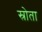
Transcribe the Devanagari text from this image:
स्रोता